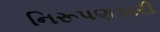
નિરૂપણકારી